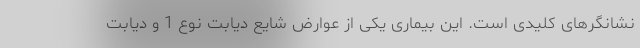
نشانگرهای کلیدی است. این بیماری یکی از عوارض شایع دیابت نوع 1 و دیابت